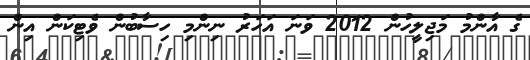
ގެ އާންމު މަޖިލީހުން 2012 ވަނަ އަހަރު ނިންމި ހިސާބުން ވެޓިކަން އިން